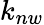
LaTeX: k_{nw}